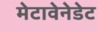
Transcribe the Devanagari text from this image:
मेटावेनेडेट